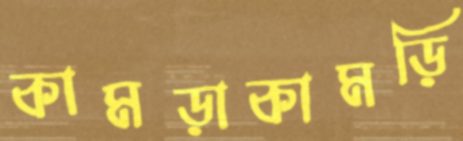
কামড়াকামড়ি